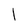
Character: 1